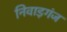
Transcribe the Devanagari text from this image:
निवाड़गंज